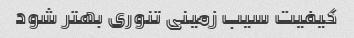
کیفیت سیب زمینی تنوری بهتر شود